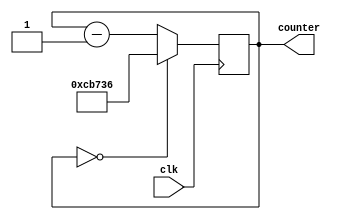
module RateDivider_60frames(
	input clk,
	output reg [20:0] counter
);


	always @ (posedge clk)
	begin
		if (counter == 20'b0)
			counter <= 20'd833334;		// 60 Frames
		else
			counter <= counter - 1'b1;
	end


endmodule